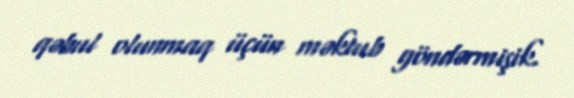
qəbul olunmaq üçün məktub göndərmişik.